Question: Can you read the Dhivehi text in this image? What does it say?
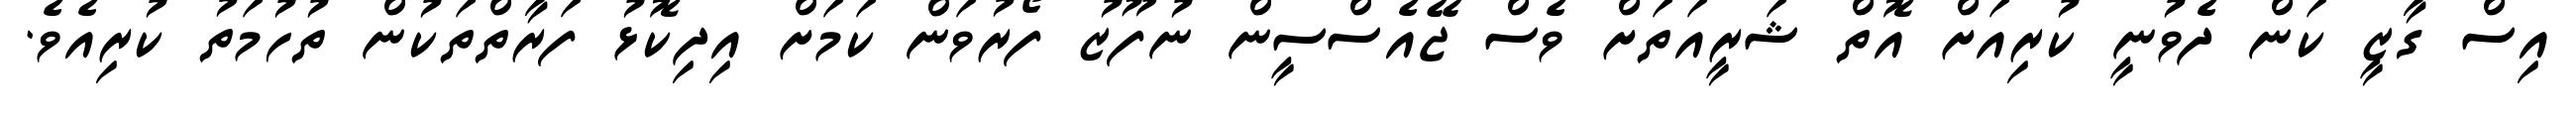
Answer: އިސް ގާޒީ ކަން ދެވުނީ ކުރިއަށް އޮތް ޝަރީއަތަށް ވެސް ޖޭއެސްސީން ނުފޫޒު ފޯރުވަން ކަމަށް އިދިކޮޅު ފަރާތްތަކުން ތުހުމަތު ކުރިއެވެ.